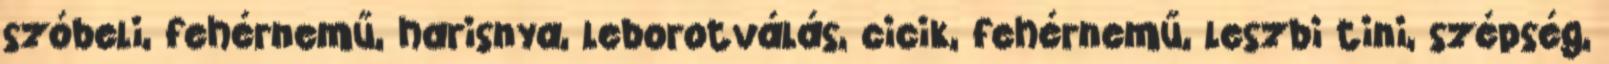
szóbeli, fehérnemű, harisnya, leborotválás, cicik, fehérnemű, leszbi tini, szépség,